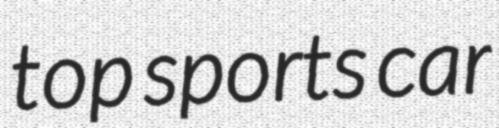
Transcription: top sports car